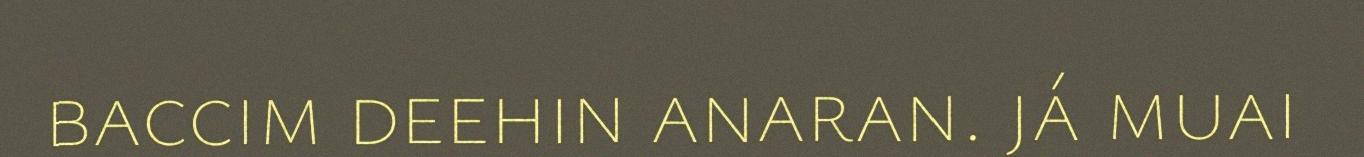
baccim deehin anaran. já muai